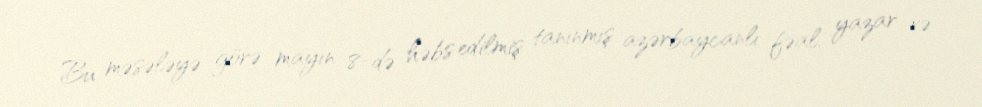
Bu məsələyə görə mayın 8-də həbs edilmiş tanınmış azərbaycanlı fəal, yazar və